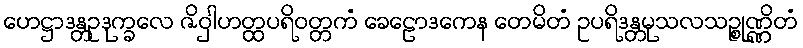
ဟေဋ္ဌာဒန္တဥဒုက္ခလေ ဇိဝှါဟတ္ထပရိဝတ္တကံ ခေဠောဒကေန တေမိတံ ဥပရိဒန္တမုသလသဉ္စုဏ္ဏိတံ